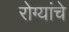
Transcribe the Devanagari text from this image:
रोग्यांचे